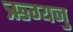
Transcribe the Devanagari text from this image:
ऋग्यजु